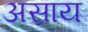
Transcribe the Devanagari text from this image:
अस्राय